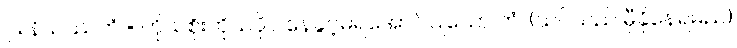
၂။ နိယဿကံ = ကိုယ်စိုးကိုယ်ပိုင် နေခွင့်မရအောင်ပြုသော ကံ၊ (သင်သည် မှီခိုနေရမည်)